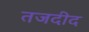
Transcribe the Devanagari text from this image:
तजदीद